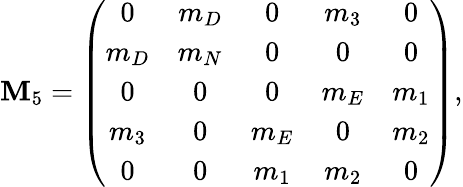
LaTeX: {\cal\mathbf{M}}_{5}=\left(\begin{array}{ccccc}{{0}}&{{m_{D}}}&{{0}}&{{m_{3}}}&{{0}}\\ {{m_{D}}}&{{m_{N}}}&{{0}}&{{0}}&{{0}}\\ {{0}}&{{0}}&{{0}}&{{m_{E}}}&{{m_{1}}}\\ {{m_{3}}}&{{0}}&{{m_{E}}}&{{0}}&{{m_{2}}}\\ {{0}}&{{0}}&{{m_{1}}}&{{m_{2}}}&{{0}}\end{array}\right),